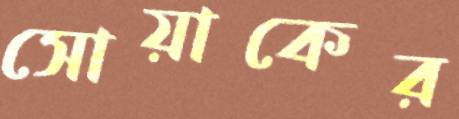
সোয়াকের